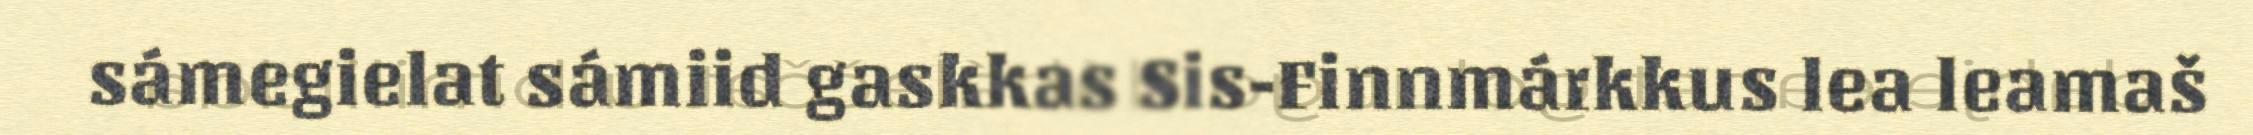
sámegielat sámiid gaskkas Sis-Finnmárkkus lea leamaš